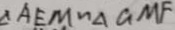
\Delta A E M \sim \Delta G M F